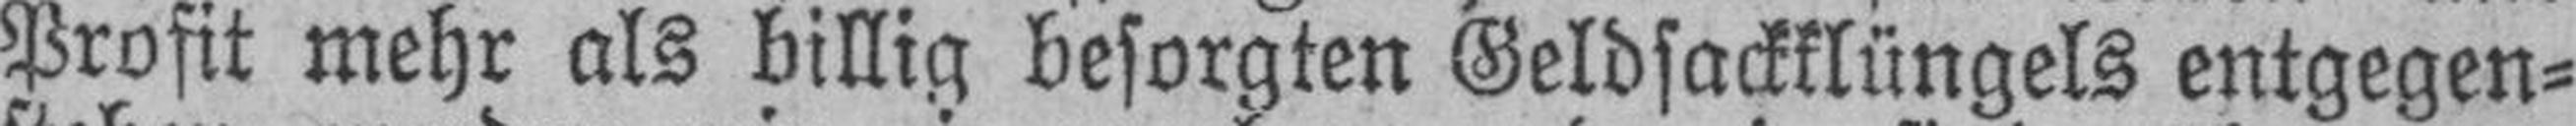
Profit mehr als billig besorgten Geldsackklüngels entgegen¬